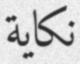
نكاية